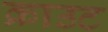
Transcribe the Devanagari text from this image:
क्राउट